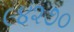
૯૪૨૭૦